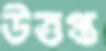
উত্তপ্ত